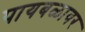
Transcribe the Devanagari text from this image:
पायबळावर